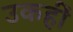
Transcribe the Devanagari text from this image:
उकहीं